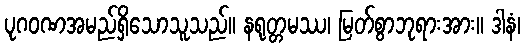
ပုဂဝဏအမည်ရှိသောသူသည်။ နရုတ္တမဿ၊ မြတ်စွာဘုရားအား။ ဒါနံ၊